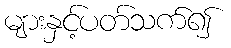
များနှင့်ပတ်သက်၍